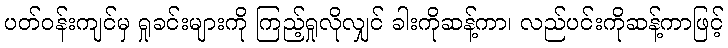
ပတ်ဝန်းကျင်မှ ရှုခင်းများကို ကြည့်ရှုလိုလျှင် ခါးကိုဆန့်ကာ၊ လည်ပင်းကိုဆန့်ကာဖြင့်